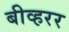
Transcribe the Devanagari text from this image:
बीव्हरर